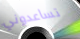
تساعدوني